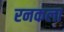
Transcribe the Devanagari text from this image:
रनकला